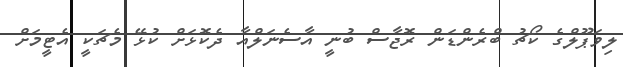
ލިވަޕޫލްގެ ކޯޗު ބްރެންޑަން ރޮޖާސް ބުނީ އާސެނަލްއާ ދެކޮޅަށް ކުޅޭ މެޗަކީ އެޓީމަށް